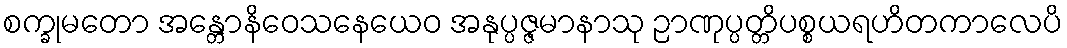
စက္ခုမတော အန္တောနိဝေသနေယေဝ အနုပ္ပဇ္ဇမာနာသု ဉာဏုပ္ပတ္တိပစ္စယရဟိတကာလေပိ